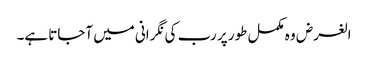
الغرض وہ مکمل طور پر رب کی نگرانی میں آجاتا ہے۔